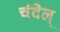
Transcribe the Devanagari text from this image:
चंदेल्